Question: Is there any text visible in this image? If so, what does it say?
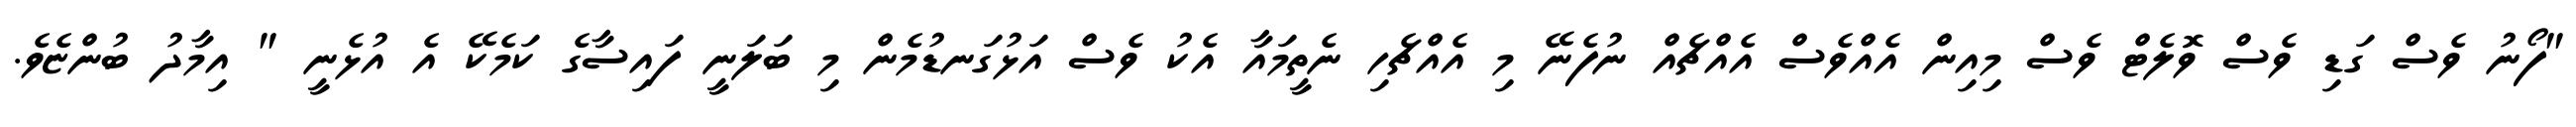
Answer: "ފޯނު ވެސް ގަޑި ވެސް ވޮލެޓް ވެސް މިއިން އެއްވެސް އެއްޗެއް ނުފެނޭ މި އެއްޗެހި ނެތީމައާ އެކު ވެސް އަޅުގަނޑުމެން މި ބަލަނީ ފައިސާގެ ކަމެކޭ އެ އުޅެނީ " އިމާދު ބުންޏެވެ.